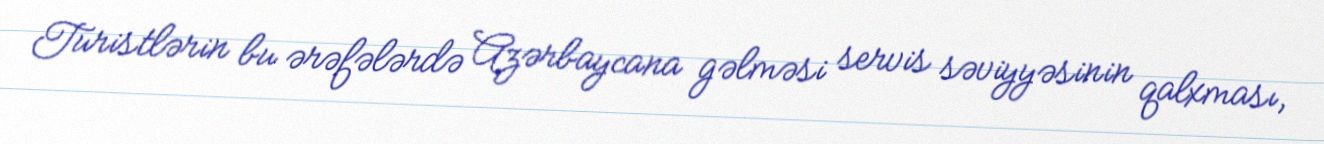
Turistlərin bu ərəfələrdə Azərbaycana gəlməsi servis səviyyəsinin qalxması,